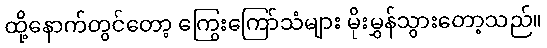
ထို့နောက်တွင်တော့ ကြွေးကြော်သံများ မိုးမွှန်သွားတော့သည်။